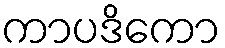
ကာပဒိကော